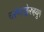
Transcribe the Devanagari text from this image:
चरणपङ्केरुहयुगे